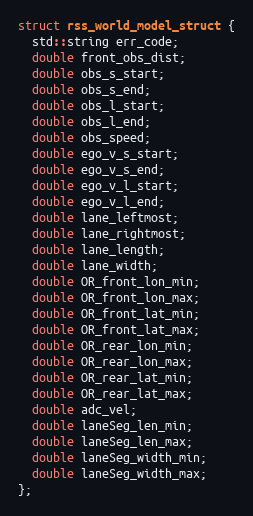
Language: C
struct rss_world_model_struct {
  std::string err_code;
  double front_obs_dist;
  double obs_s_start;
  double obs_s_end;
  double obs_l_start;
  double obs_l_end;
  double obs_speed;
  double ego_v_s_start;
  double ego_v_s_end;
  double ego_v_l_start;
  double ego_v_l_end;
  double lane_leftmost;
  double lane_rightmost;
  double lane_length;
  double lane_width;
  double OR_front_lon_min;
  double OR_front_lon_max;
  double OR_front_lat_min;
  double OR_front_lat_max;
  double OR_rear_lon_min;
  double OR_rear_lon_max;
  double OR_rear_lat_min;
  double OR_rear_lat_max;
  double adc_vel;
  double laneSeg_len_min;
  double laneSeg_len_max;
  double laneSeg_width_min;
  double laneSeg_width_max;
};